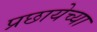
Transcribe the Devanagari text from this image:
प्रछायेच्या